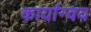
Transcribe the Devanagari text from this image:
कार्यान्वय